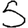
Digit: 5